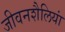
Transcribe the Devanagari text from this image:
जीवनशैलियां